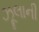
ઝૂલાની